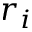
r _ { i }